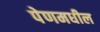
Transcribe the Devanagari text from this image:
पेणमधील